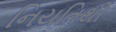
નિયતિથી